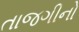
તાજગીનો